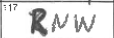
Transcription: RNW